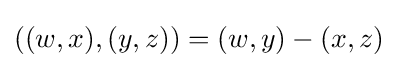
((w,x),(y,z))=(w,y)-(x,z)